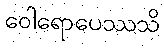
ဝေါရောပေဿသိ